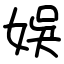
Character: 娛